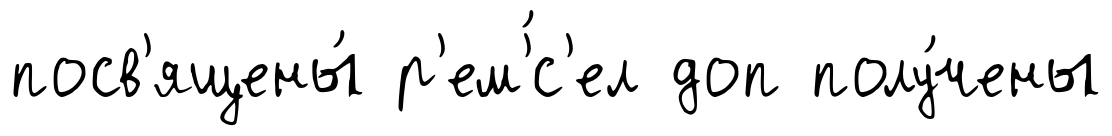
посв'ящены́ р'ем'́с'ел доп полу́чены